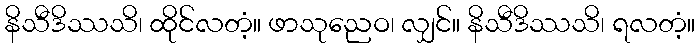
နိသီဒိဿသိ၊ ထိုင်လတံ့။ ဖာသုညေဝ၊ လျှင်။ နိသီဒိဿသိ၊ ရလတံ့။